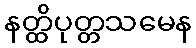
နတ္ထိပုတ္တသမေန